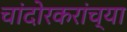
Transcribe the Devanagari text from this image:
चांदोरकरांच्या